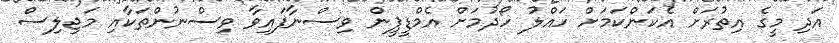
އަދި މީގެ އިތުރަށް އެކަންކަމަށް ހައްލު ހޯދުމަށް އެމްޑީޕީން ވިސްނާފައިވާ ވިސްނުންތަކާއި މަޖިލިސް